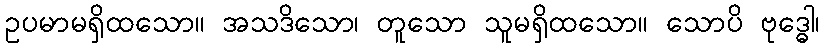
ဥပမာမရှိထသော။ အသဒိသော၊ တူသော သူမရှိထသော။ သောပိ ဗုဒ္ဓေါ၊